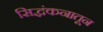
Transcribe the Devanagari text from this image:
सिद्धंकनातून